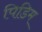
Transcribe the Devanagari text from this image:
पिडिम